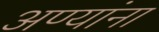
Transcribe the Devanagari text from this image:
अण्यांना